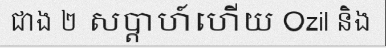
ជាង ២ សប្តាហ៍ហើយ Ozil និង